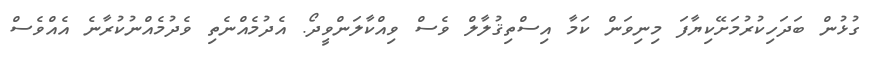
ގުޅުން ބަދަހިކުރުމަށޭކިޔާފަ މިނިވަން ކަމާ އިސްތިޤުލާލް ވެސް ވިއްކާލަންވީދޯ. އެދުމެއްނެތި ވެދުމެއްނުކުރާނެ އެއްވެސް